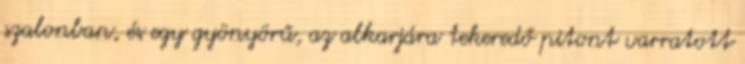
szalonban, és egy gyönyörű, az alkarjára tekeredő pitont varratott